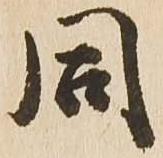
同